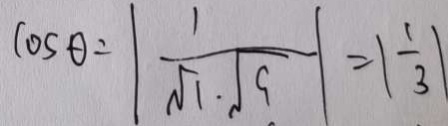
\cos \theta = \vert \frac { 1 } { \sqrt { 1 } \cdot \sqrt { 9 } } \vert = \vert \frac { 1 } { 3 } \vert